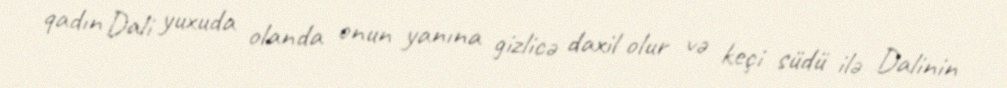
qadın Dali yuxuda olanda onun yanına gizlicə daxil olur və keçi südü ilə Dalinin